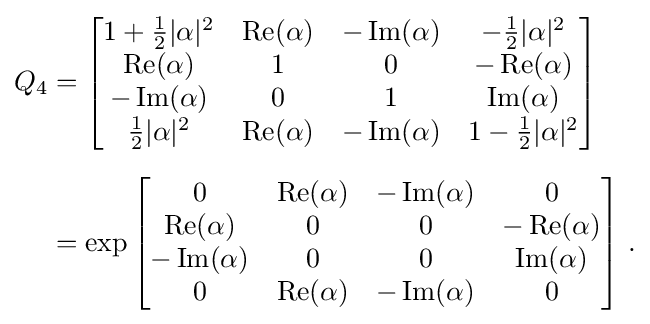
{\begin{aligned}Q_{4}&={\begin{bmatrix}1+{\frac {1}{2}}\vert \alpha \vert ^{2}&\operatorname {Re} (\alpha )&-\operatorname {Im} (\alpha )&-{\frac {1}{2}}\vert \alpha \vert ^{2}\\\operatorname {Re} (\alpha )&1&0&-\operatorname {Re} (\alpha )\\-\operatorname {Im} (\alpha )&0&1&\operatorname {Im} (\alpha )\\{\frac {1}{2}}\vert \alpha \vert ^{2}&\operatorname {Re} (\alpha )&-\operatorname {Im} (\alpha )&1-{\frac {1}{2}}\vert \alpha \vert ^{2}\end{bmatrix}}\\[6pt]&=\exp {\begin{bmatrix}0&\operatorname {Re} (\alpha )&-\operatorname {Im} (\alpha )&0\\\operatorname {Re} (\alpha )&0&0&-\operatorname {Re} (\alpha )\\-\operatorname {Im} (\alpha )&0&0&\operatorname {Im} (\alpha )\\0&\operatorname {Re} (\alpha )&-\operatorname {Im} (\alpha )&0\end{bmatrix}}~.\end{aligned}}